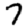
Digit: 7